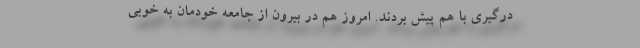
درگیری با هم پیش بردند. امروز هم در بیرون از جامعه خودمان به خوبی